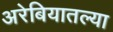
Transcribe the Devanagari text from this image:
अरेबियातल्या